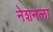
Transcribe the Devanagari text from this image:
नेशनला